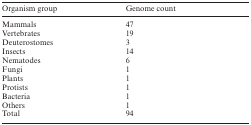
| Organism group | Genome count |
 | --- | --- |
 | Mammals | 47 |
 | Vertebrates | 19 |
 | Deuterostomes | 3 |
 | Insects | 14 |
 | Nematodes | 6 |
 | Fungi | 1 |
 | Plants | 1 |
 | Protists | 1 |
 | Bacteria | 1 |
 | Others | 1 |
 | Total | 94 |